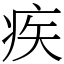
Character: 疾